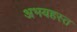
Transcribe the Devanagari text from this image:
अभयहस्त